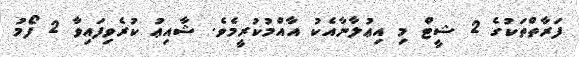
ފަރާތްތަކުގެ 2 ޝީޓް މި އިޢުލާނާއެކު އާއްމުކުރީމެވެ. ޝާއިޢު ކުރެވިފައިވާ 2 ފޯމު